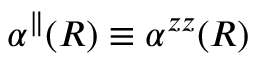
\alpha ^ { \parallel } ( R ) \equiv \alpha ^ { z z } ( R )